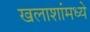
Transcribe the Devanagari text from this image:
खलाशांमध्ये